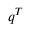
\boldsymbol { q } ^ { T }